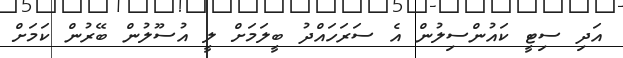
އަދި ސިޓީ ކަައުންސިލުން އެ ސަރަހައްދު ބީލަމަށް ލީ އުސޫލުން ބޭރުން ކަމަށް